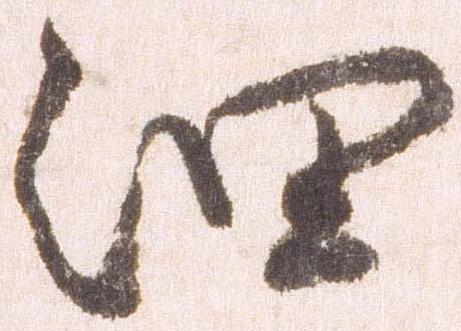
細